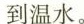
到温水。